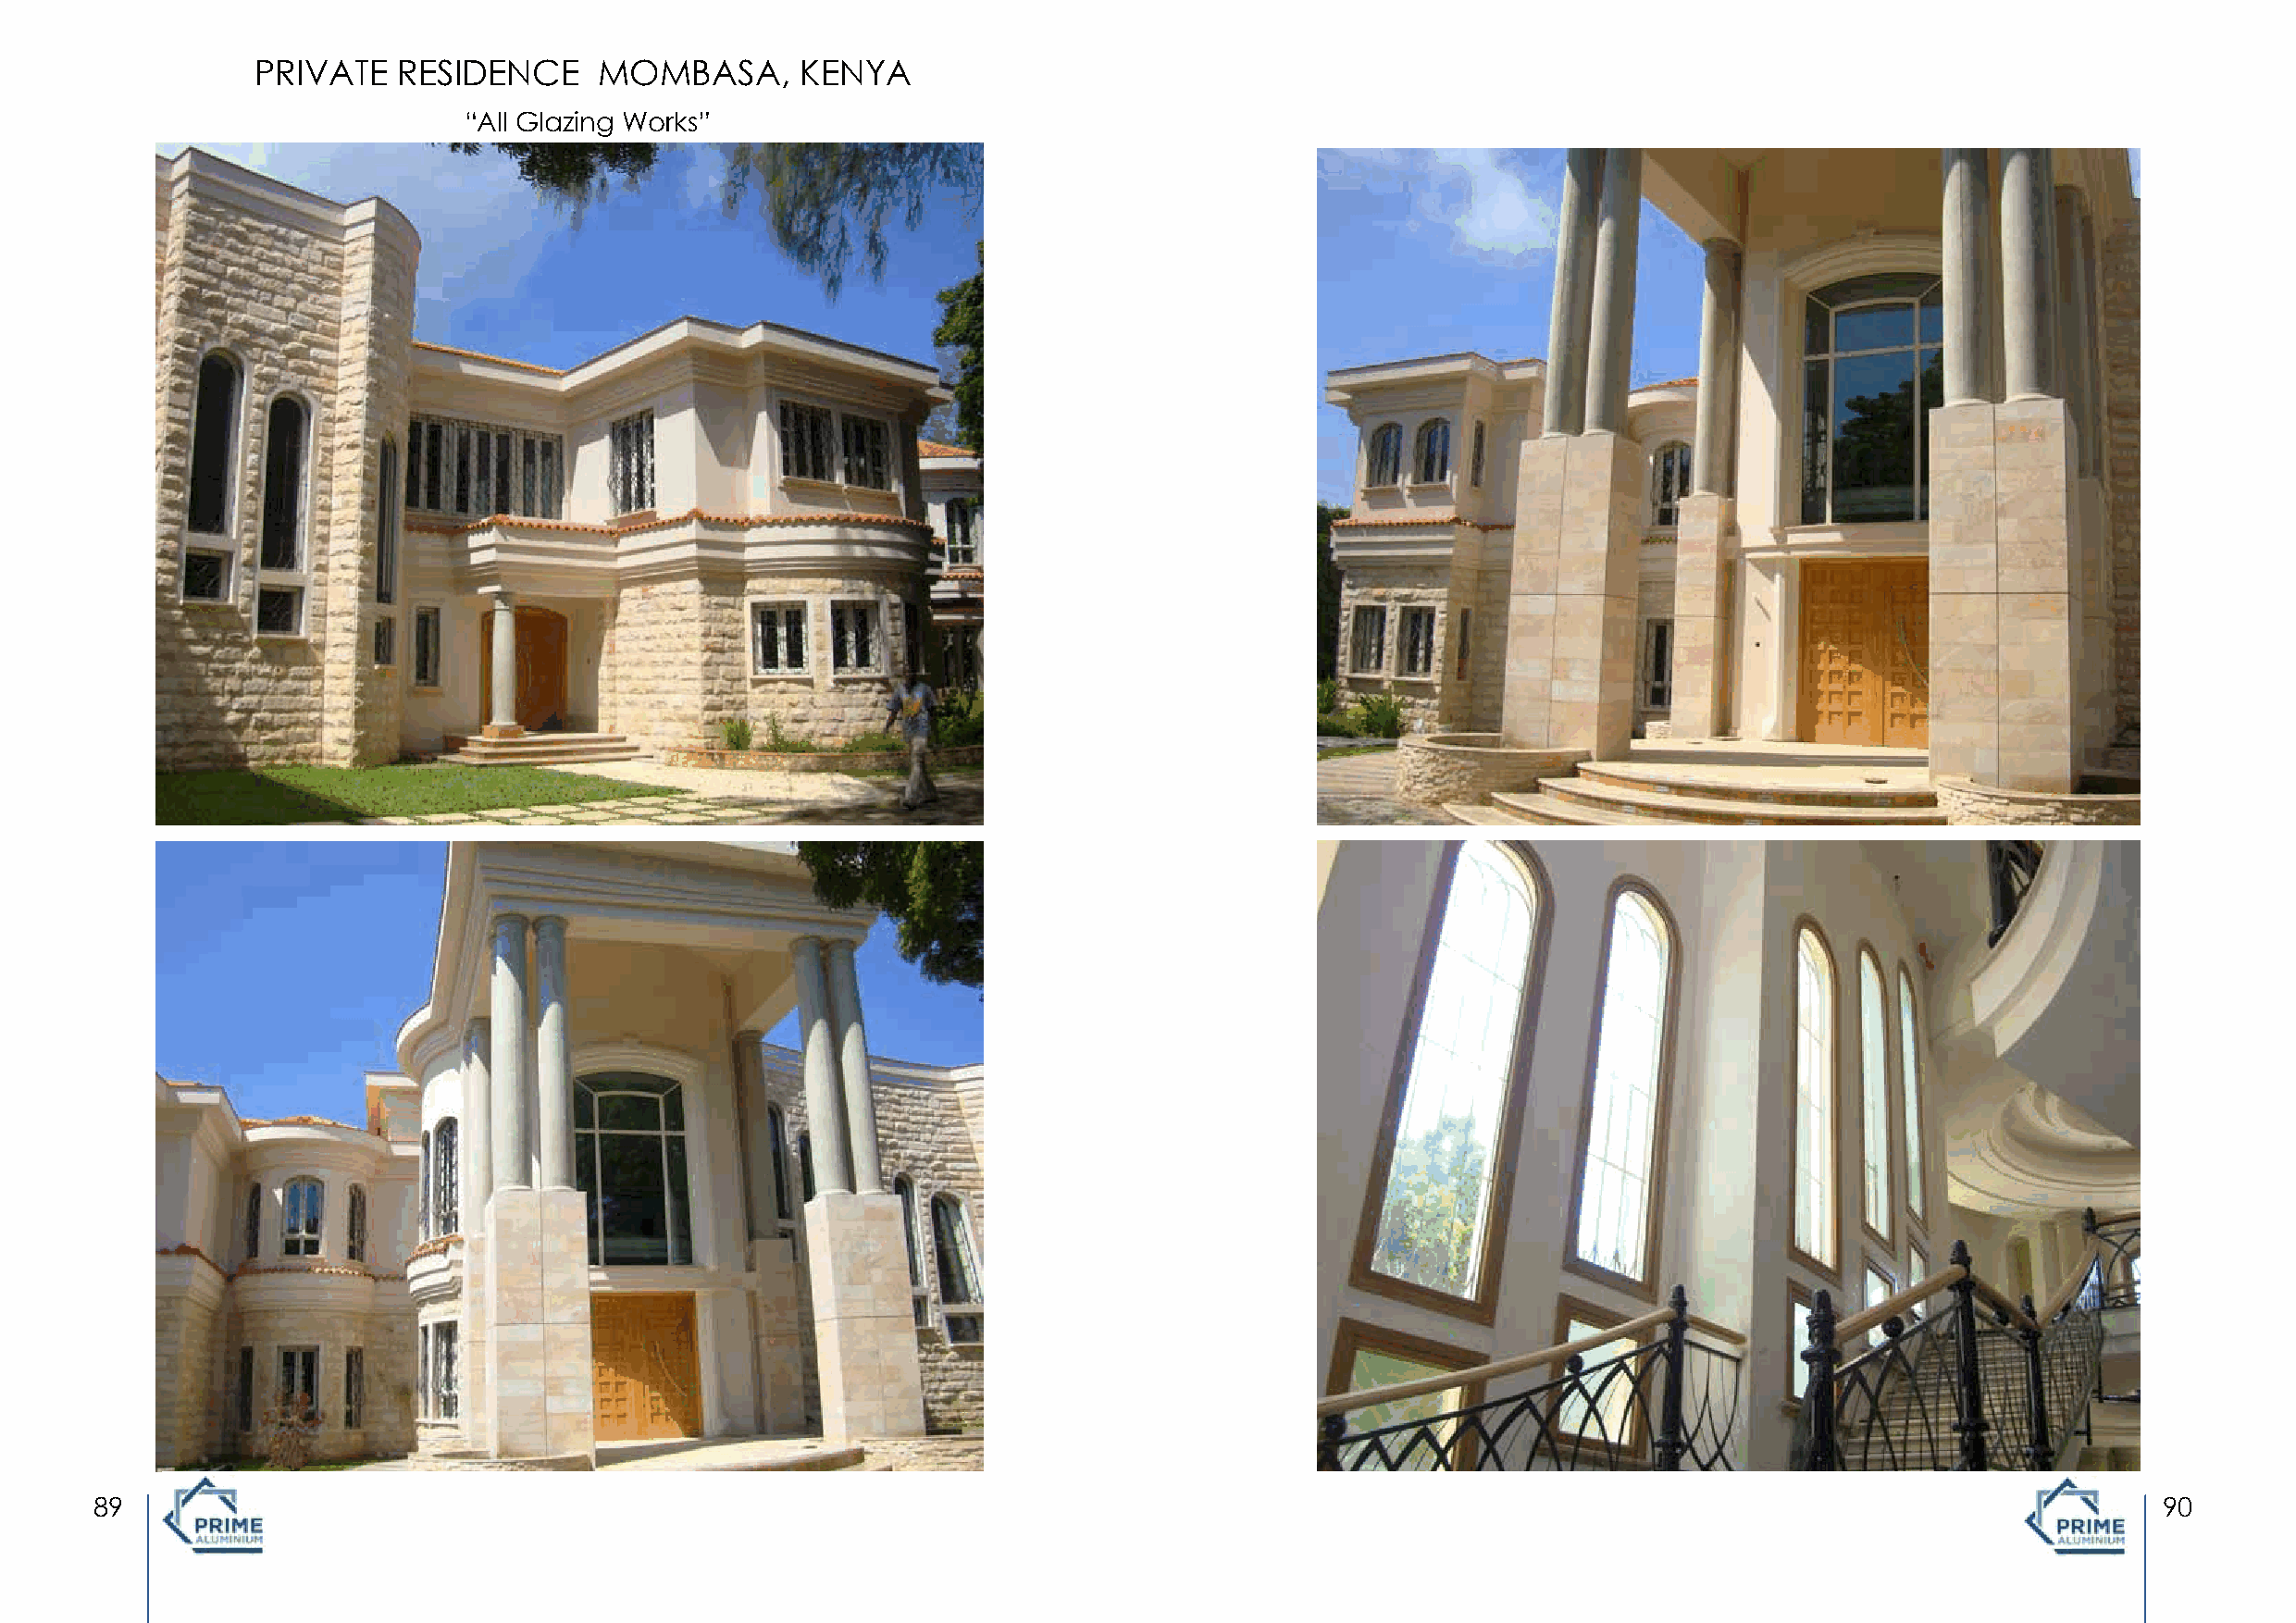
PRIVATE   RESIDENCE      MOMBASA,      KENYA
 “All Glazing Works”
 89                                                                                                                                                  90